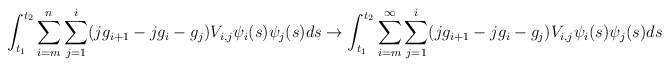
\begin{align*}\int_{t_1}^{t_2}\sum_{i=m}^n \sum_{j=1}^i(jg_{i+1}-jg_i-g_j)V_{i,j}\psi_i(s)\psi_j(s)ds \to \int_{t_1}^{t_2}\sum_{i=m}^{\infty} \sum_{j=1}^i(jg_{i+1}-jg_i-g_j)V_{i,j}\psi_i(s)\psi_j(s)ds\end{align*}